Assam Mental Hospital (Tezpur, India) - 1933-1948
Year: 1933
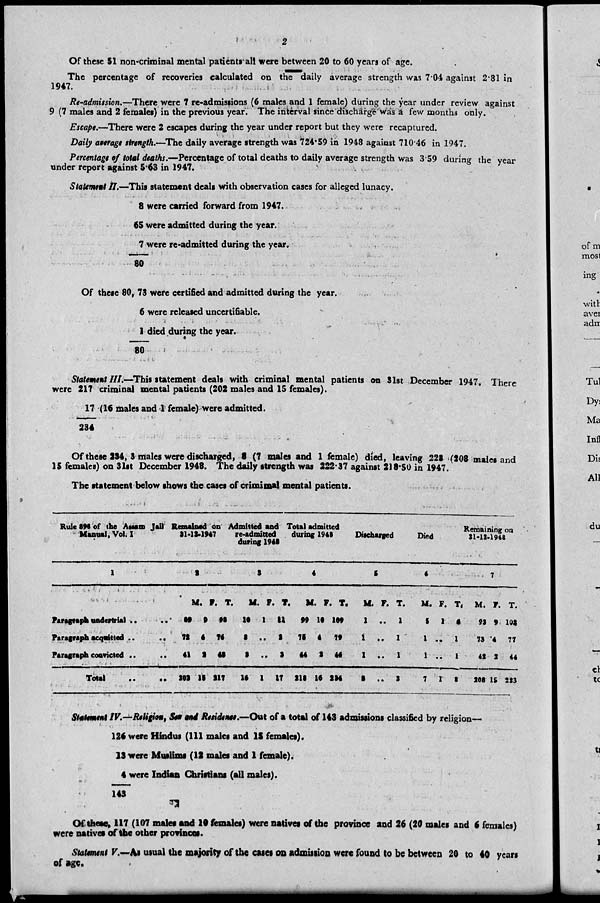
2
Of these 51 non-criminal mental patients all were between 20 to 60 years of age.
The percentage of recoveries calculated on the daily average strength was 7.04 against 2.81 in
1947.
Re-admission.—There were 7 re-admissions (6 males and 1 female) during the year under review against
9 (7 males and 2 females) in the previous year. The interval since discharge was a few months only.
Escape.—There were 2 escapes during the year under report but they were recaptured.
Daily average strength.—The daily average strength was 724.59 in 1948 against 710.46 in 1947.
Percentage of total deaths.—Percentage of total deaths to daily average strength was 3.59 during the year
under report against 5.63 in 1947.
Statement II.—This statement deals with observation cases for alleged lunacy.
8
65
7
80
were carried forward from 1947.
were admitted during the year.
were re-admitted during the year.
Of these 80, 73 were certified and admitted during the year.
6
1
80
were released uncertifiable.
died during the year.
Statement III.—This statement deals with criminal mental patients on 31st December 1947. There
were 217 criminal mental patients (202 males and 15 females).
17
234
(16 males and 1 female) were admitted.
Of these 134, 3 males were discharged, 3 (7 males and 1 female) died, leaving 228 (208 males and
15 females) on 31st December 1948. The daily strength was 222.37 against 218.50 in 1947.
The statement below shows the cases of criminal mental patients.
Rule 896 of the Assam Jail
Manual, Vol. I
1
Paragraph undertrial .. ..
Paragraph acquitted .. ..
Paragraph convicted .. ..
Total
..
..
Remained on
31-12-1947
2
M.
89
72
41
202
F.
9
4
2
15
T.
98
76
43
217
Admitted and
re-admitted
during 1948
3
M.
10
2
2
16
F.
1
..
..
1
T.
11
2
2
17
Total admitted
during 1948
4
M.
99
75
44
218
F.
10
4
2
16
T.
109
79
46
234
Discharged
5
M.
1
1
1
3
F.
..
..
..
..
T.
1
1
1
3
Died
6
M.
5
1
1
7
F.
1
..
..
1
T.
6
1
1
8
Remaining on
31-12-1948
7
M.
93
73
42
208
F.
9
4
2
15
T.
102
77
44
223
Statement
IV.—Religion, Sex and Residence.—Out of a total of 143 admissions classified by religion—
126
13
4
143
were Hindus (111 males and 15 females).
were Muslims (12 males and 1 female).
were Indian Christians (all males).
Of these, 117 (107 males and 10 females) were natives of the province and 26 (20 males and 6 females)
were natives of the other provinces.
Statement V.—As usual the majority of the cases on admission were found to be between 20 to 40 years
of age.